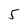
Character: 5